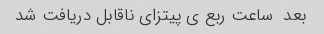
بعد  ساعت ربع ی پیتزای ناقابل دریافت شد